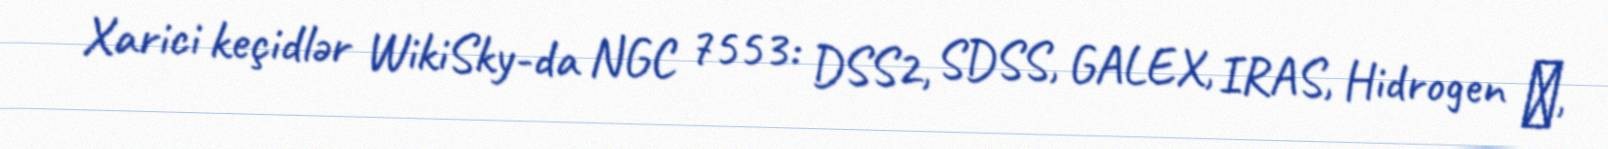
Xarici keçidlər WikiSky-da NGC 7553: DSS2, SDSS, GALEX, IRAS, Hidrogen α,